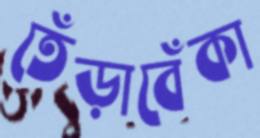
তেঁড়াবেঁকা